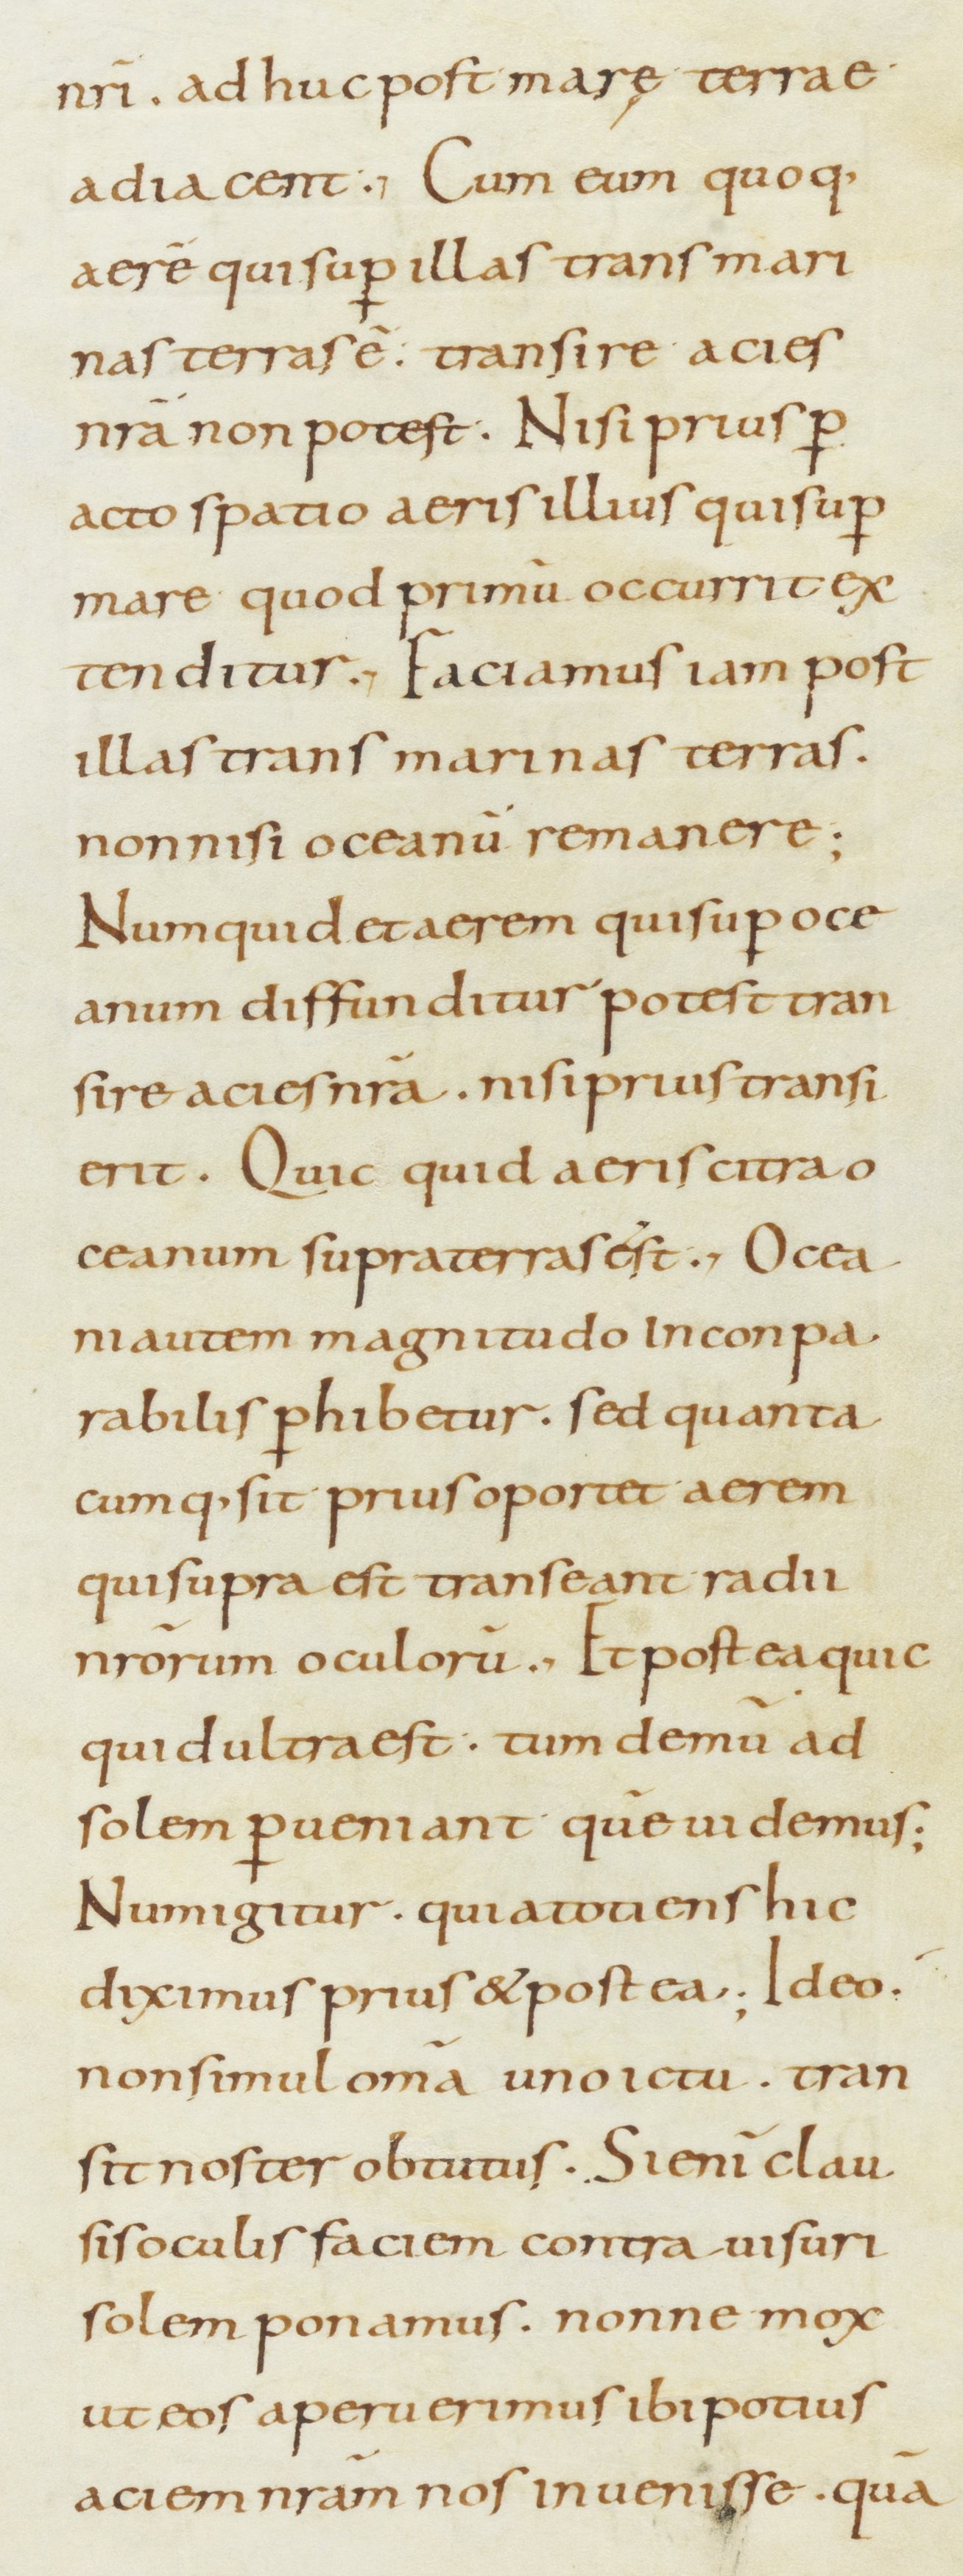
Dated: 800–899